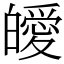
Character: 皧